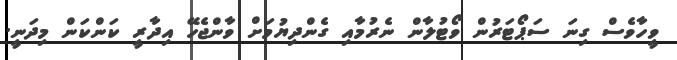
ވީހާވެސް ގިނަ ސަޕޯޓަރުން ވޯޓުލާން ނެރުމާއި ގެންދިޔުމަށް ވާންޖެހޭ އިދާރީ ކަންކަން މިދަނީ.